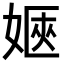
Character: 𡞡